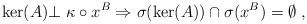
LaTeX: \begin{align*} \ker(A) \bot \ \kappa \circ x^B \Rightarrow \sigma(\ker(A)) \cap \sigma( x^B) =\emptyset\ ,\end{align*}